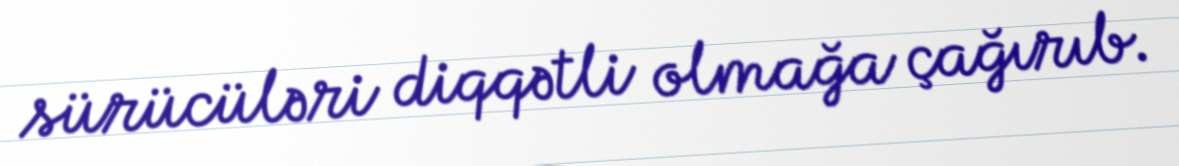
sürücüləri diqqətli olmağa çağırıb.